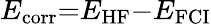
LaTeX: E_{\textrm{corr}}{=}E_{\textrm{HF}}{-}E_{\textrm{FCI}}